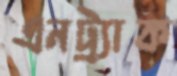
এনট্র্যাক